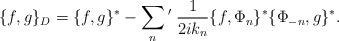
LaTeX: \begin{align*}\{f,g\}_D = \{f,g\}^{\ast} - \sum_n{}'\;\frac{1}{2ik_n}\{f,\Phi_n\}^{\ast}\{\Phi_{-n},g\}^{\ast}.\end{align*}